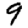
Digit: 9